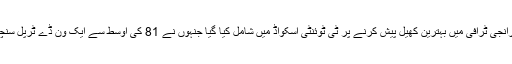
اس کے ساتھ ساتھ ریشاب پینٹ کو بھی رانجی ٹرافی میں بہترین کھیل پیش کرنے پر ٹی ٹوئنٹی اسکواڈ میں شامل کیا گیا جنہوں نے 81 کی اوسط سے ایک ون ڈے ٹرپل سنچری کی مدد سے 972 رنز اسکور کیے۔